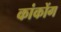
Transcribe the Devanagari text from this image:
कांकोंग